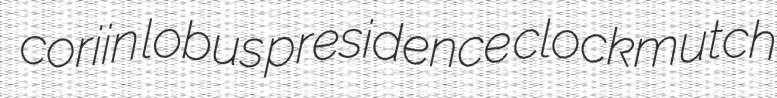
coriin lobus presidence clockmutch